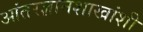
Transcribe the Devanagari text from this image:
आंतरज्ञानशाखांशी